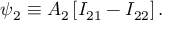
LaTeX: \psi _ { 2 } \equiv A _ { 2 } \left[ I _ { 2 1 } - I _ { 2 2 } \right] .